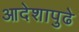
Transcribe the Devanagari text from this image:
आदेशापुढे